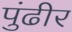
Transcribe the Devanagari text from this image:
पुंढीर